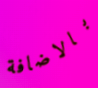
بالاضافة